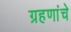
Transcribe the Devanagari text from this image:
ग्रहणांचे